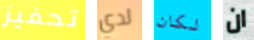
تحفيز لدي لكان ان